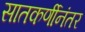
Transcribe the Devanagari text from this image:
सातकर्णीनंतर